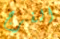
الفرج